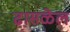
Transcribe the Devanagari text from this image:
ढासळेल